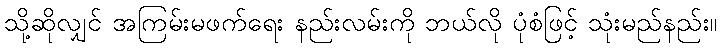
သို့ဆိုလျှင် အကြမ်းမဖက်ရေး နည်းလမ်းကို ဘယ်လို ပုံစံဖြင့် သုံးမည်နည်း။